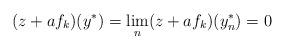
LaTeX: \begin{align*} (z + a f_k)(y^*) = \lim_n (z + a f_k)(y_n^*) = 0 \end{align*}